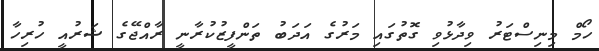
ހޯމް މިނިސްޓަރު ވިދާޅުވި ގޮތުގައި މަރުގެ އަދަބު ތަންފީޒުކުރާނީ ރާއްޖޭގެ ޝަރުއީ ހުރިހާ